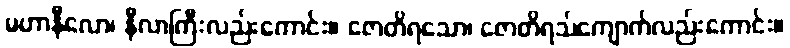
မဟာနီလော၊ နီလာကြီးလည်းကောင်း။ ဇောတိရသော၊ ဇောတိရသ်ကျောက်လည်းကောင်း။